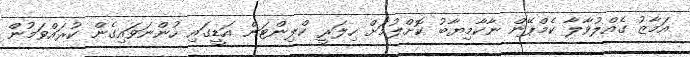
އަމާޒު ގެއްލުވާލާ ކެމްޕޭން ނާކާމިޔާބު ކޮށްލުމަށް ހިލަރީ ކްލިންޓަން އަޑީގައި ހުންނަވައިގެން ކުރައްވަމުން